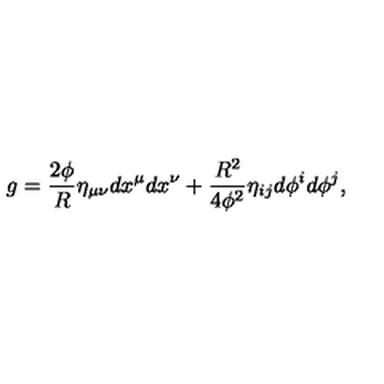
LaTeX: g = \frac { 2 \phi } { R } \eta _ { \mu \nu } d x ^ { \mu } d x ^ { \nu } + \frac { R ^ { 2 } } { 4 \phi ^ { 2 } } \eta _ { i j } d \phi ^ { i } d \phi ^ { j } ,